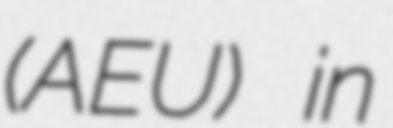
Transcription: (AEU) in